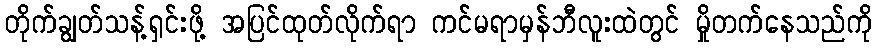
တိုက်ချွတ်သန့်ရှင်းဖို့ အပြင်ထုတ်လိုက်ရာ ကင်မရာမှန်ဘီလူးထဲတွင် မှိုတက်နေသည်ကို